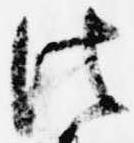
法